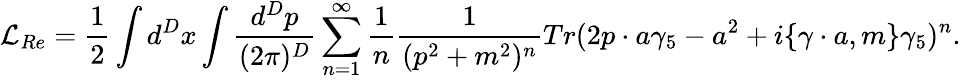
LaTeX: {\cal L}_{Re}={\frac{1}{2}}\int d^{D}x\int\frac{d^{D}p}{(2\pi)^{D}}\sum_{n=1}^{\infty}{\frac{1}{n}}\frac{1}{(p^{2}+m^{2})^{n}}Tr(2p\cdot a\gamma_{5}-a^{2}+i\{ \gamma\cdot a,m\} \gamma_{5})^{n}.